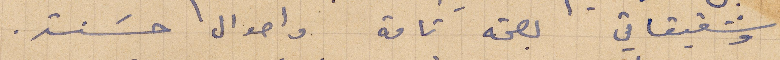
وشقيقاتي بصحة تامة واحوال حسنة.